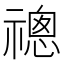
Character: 𬓔